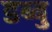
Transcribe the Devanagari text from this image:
डब्बु